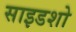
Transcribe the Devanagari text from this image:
साइडशो